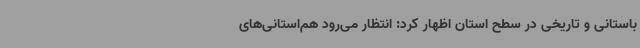
باستانی و تاریخی در سطح استان اظهار کرد:‌ انتظار می‌رود هم‌استانی‌های